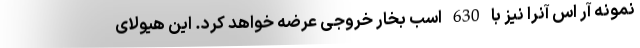
نمونه آر اس آنرا نیز با 630 اسب بخار خروجی عرضه خواهد کرد. این هیولای